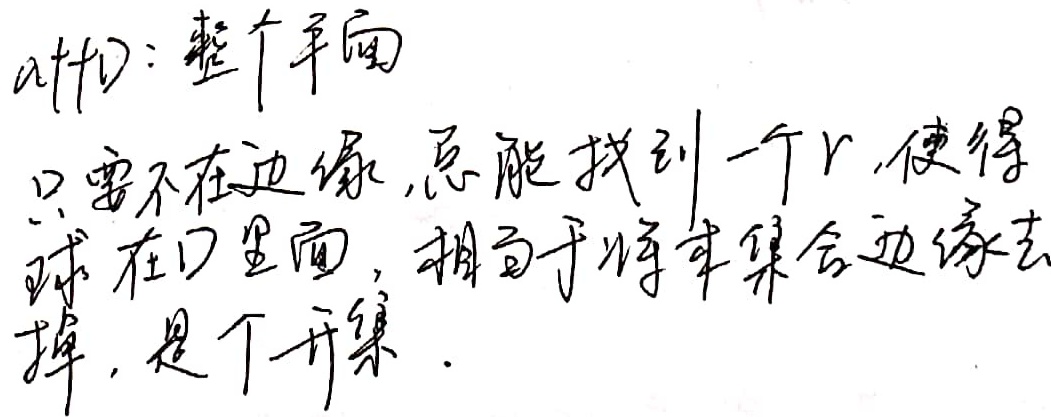
$a + D$：整个平面只要不在边缘，总能找到一个$r$，使得球在$D$里面，相当于将本集合边缘去掉，是个开集。